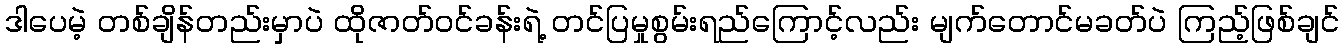
ဒါပေမဲ့ တစ်ချိန်တည်းမှာပဲ ထိုဇာတ်ဝင်ခန်းရဲ့ တင်ပြမှုစွမ်းရည်ကြောင့်လည်း မျက်တောင်မခတ်ပဲ ကြည့်ဖြစ်ချင်